Indian journal of veterinary science and animal husbandry - Volumes 18-21, 1948-1951
Year: 1948
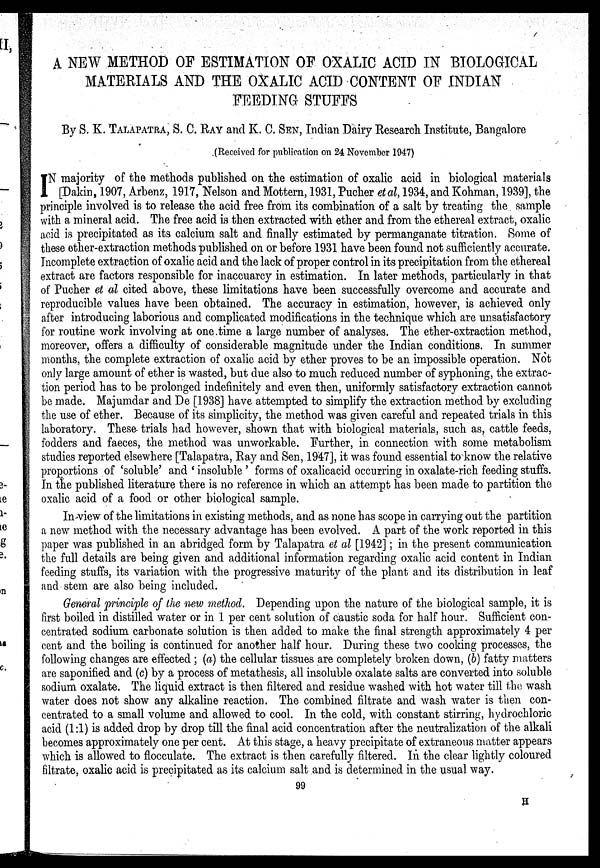
A NEW METHOD OF ESTIMATION OF OXALIC ACID IN BIOLOGICAL
MATERIALS AND THE OXALIC ACID CONTENT OF INDIAN
FEEDING STUFFS
By S. K. TALAPATRA, S. C. RAY and K. C. SEN, Indian Dairy Research Institute, Bangalore
(Received for publication on 24 November 1947)
I N majority of the methods published on the estimation of oxalic acid in biological materials
[Dakin, 1907, Arbenz, 1917, Nelson and Mottern, 1931, Pucher et al, 1934, and Kohman, 1939], the
principle involved is to release the acid free from its combination of a salt by treating the sample
with a mineral acid. The free acid is then extracted with ether and from the ethereal extract, oxalic
acid is precipitated as its calcium salt and finally estimated by permanganate titration. Some of
these ether-extraction methods published on or before 1931 have been found not sufficiently accurate.
Incomplete extraction of oxalic acid and the lack of proper control in its precipitation from the ethereal
extract are factors responsible for inaccuarcy in estimation. In later methods, particularly in that
of Pucher et al cited above, these limitations have been successfully overcome and accurate and
reproducible values have been obtained. The accuracy in estimation, however, is achieved only
after introducing laborious and complicated modifications in the technique which are unsatisfactory
for routine work involving at one time a large number of analyses. The ether-extraction method,
moreover, offers a difficulty of considerable magnitude under the Indian conditions. In summer
months, the complete extraction of oxalic acid by ether proves to be an impossible operation. Not
only large amount of ether is wasted, but due also to much reduced number of syphoning, the extrac-
tion period has to be prolonged indefinitely and even then, uniformly satisfactory extraction cannot
be made. Majumdar and De [1938] have attempted to simplify the extraction method by excluding
the use of ether. Because of its simplicity, the method was given careful and repeated trials in this
laboratory. These trials had however, shown that with biological materials, such as, cattle feeds,
fodders and faeces, the method was unworkable. Further, in connection with some metabolism
studies reported elsewhere [Talapatra, Ray and Sen, 1947], it was found essential to know the relative
proportions of 'soluble' and ' insoluble ' forms of oxalicacid occurring in oxalate-rich feeding stuffs.
In the published literature there is no reference in which an attempt has been made to partition the
oxalic acid of a food or other biological sample.
In view of the limitations in existing methods, and as none has scope in carrying out the partition
a new method with the necessary advantage has been evolved. A part of the work reported in this
paper was published in an abridged form by Talapatra et al [1942]; in the present communication
the full details are being given and additional information regarding oxalic acid content in Indian
feeding stuffs, its variation with the progressive maturity of the plant and its distribution in leaf
and stem are also being included.
General principle of the new method. Depending upon the nature of the biological sample, it is
first boiled in distilled water or in 1 per cent solution of caustic soda for half hour. Sufficient con-
centrated sodium carbonate solution is then added to make the final strength approximately 4 per
cent and the boiling is continued for another half hour. During these two cooking processes, the
following changes are effected; (a) the cellular tissues are completely broken down, (b) fatty matters
are saponified and (c) by a process of metathesis, all insoluble oxalate salts are converted into soluble
sodium oxalate. The liquid extract is then filtered and residue washed with hot water till the wash
water does not show any alkaline reaction. The combined filtrate and wash water is then con-
centrated to a small volume and allowed to cool. In the cold, with constant stirring, hydrochloric
acid (1:1) is added drop by drop till the final acid concentration after the neutralization of the alkali
becomes approximately one per cent. At this stage, a heavy precipitate of extraneous matter appears
which is allowed to flocculate. The extract is then carefully filtered. In the clear lightly coloured
filtrate, oxalic acid is precipitated as its calcium salt and is determined in the usual way.
99
H